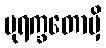
ပုရက္ခတောမှိ